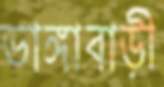
ভাঙ্গাবাড়ী